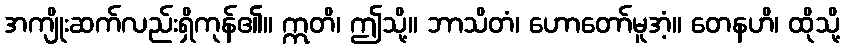
အကျိုးဆက်လည်းရှိကုန်၏။ ဣတိ၊ ဤသို့။ ဘာသိတံ၊ ဟောတော်မူအံ့။ တေနဟိ၊ ထိုသို့